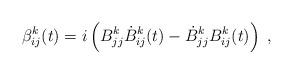
LaTeX: \begin{align*}\beta_{ij}^k(t)=i\left(B_{jj}^{k}\dot{B}_{ij}^k(t)-\dot{B}_{jj}^{k}B_{ij}^k(t)\right) \;,\end{align*}